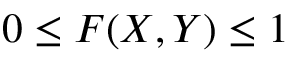
0 \leq F ( X , Y ) \leq 1